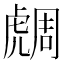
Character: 𧇟